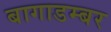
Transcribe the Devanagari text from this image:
बागाडम्बर